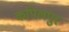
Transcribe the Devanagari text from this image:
कपिलपुर